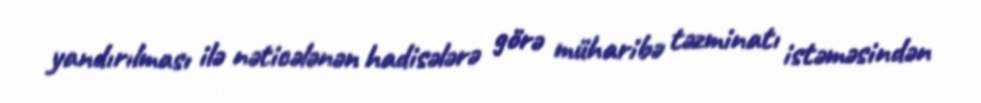
yandırılması ilə nəticələnən hadisələrə görə müharibə təzminatı istəməsindən